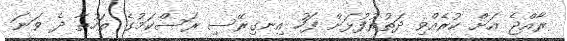
ރާއްޖެ އަށް ކުރެއްވި ދަތުރުފުޅަށް ފަހު އިނގިރޭސި ރަސްކަމުގެ ތަހުތާ ދެ ވަނަ